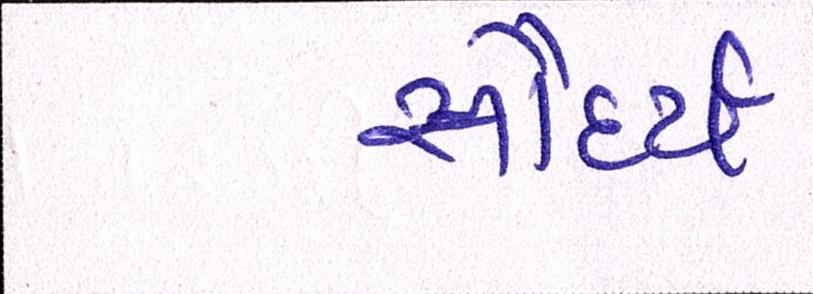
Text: સૌંદર્ય